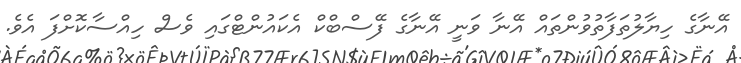
އޭނާގެ ހިޔާލުތަފާތުވުންތައް އޭނާ ވަނީ އޭނާގެ ފޭސްބްކް އެކައުންޓްގައި ވެސް ހިއްސާކޮށްފަ އެވެ.